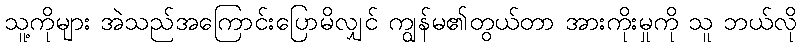
သူ့ကိုများ အဲသည်အကြောင်းပြောမိလျှင် ကျွန်မ၏တွယ်တာ အားကိုးမှုကို သူ ဘယ်လို